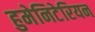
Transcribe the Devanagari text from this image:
हुमेनिटेरियन